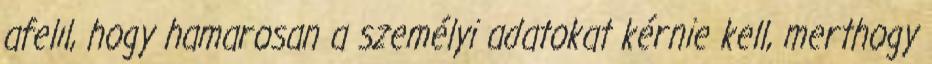
afelıl, hogy hamarosan a személyi adatokat kérnie kell, merthogy